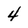
Character: 4